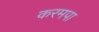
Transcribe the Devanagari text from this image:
करमपा